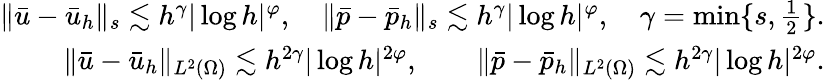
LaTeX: \begin{array}{r}{\| \bar{u}-\bar{u}_{h}\| _{s}\lesssim h^{\gamma}|\log h|^{\varphi},\quad\| \bar{p}-\bar{p}_{h}\| _{s}\lesssim h^{\gamma}|\log h|^{\varphi},\quad\gamma=\operatorname*{min}\{ s,\frac{1}{2}\} .}\\ {\| \bar{u}-\bar{u}_{h}\| _{L^{2}(\Omega)}\lesssim h^{2\gamma}|\log h|^{2\varphi},\qquad\| \bar{p}-\bar{p}_{h}\| _{L^{2}(\Omega)}\lesssim h^{2\gamma}|\log h|^{2\varphi}.}\end{array}